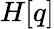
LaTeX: H[q]